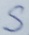
Text: S